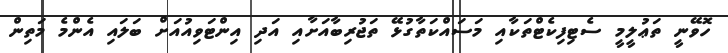
ހޮވޭނީ ތަޢުލީމީ ސެޓިފިކެޓްތަކާއި މަސައްކަތާގުޅޭ ތަޖުރިބާއަށާއި އަދި އިންޓަވިއުއަށް ބަލައި އެންމެ މަތިން